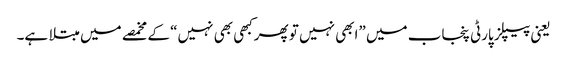
یعنی پیپلز پارٹی پنجاب میں ”ابھی نہیں تو پھرکبھی بھی نہیں“ کے مخمصے میں مبتلا ہے۔